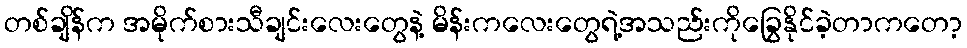
တစ်ချိန်က အမိုက်စားသီချင်းလေးတွေနဲ့ မိန်းကလေးတွေရဲ့အသည်းကိုခြွေနိုင်ခဲ့တာကတော့